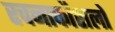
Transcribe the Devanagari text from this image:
रचनाकौशलों